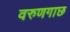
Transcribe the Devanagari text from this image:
वरुणगाछ